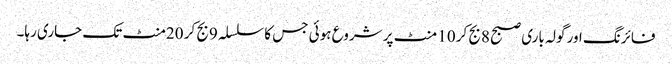
فائرنگ اور گولہ باری صبح 8بج کر 10 منٹ پر شروع ہوئی جس کا سلسلہ 9بج کر 20منٹ تک جاری رہا۔